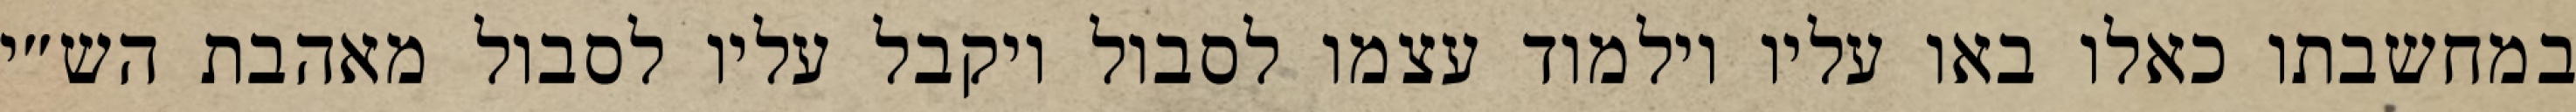
במחשבתו כאלו באו עליו וילמוד עצמו לסבול ויקבל עליו לסבול מאהבת הש״י